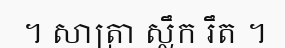
។ សាត្រា ស្លឹក រឹត ។